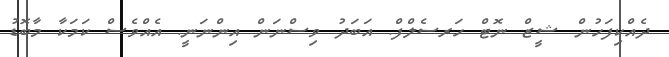
ދެއްކިފަހުން ޝީޒް ނޮޓް ހަރސެލްފް. އަބަދު ވިސްނަން އިންނަނީ. އެއްވެސް ކަމަކާ މާބޮޑު